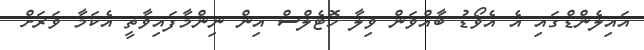
އައިލެންޑްގައި އެ އެވޯޑު ބާއްވަން ވިލާ ހޮޓެލްސް އިން ނިންމާފައިވާތީ އެކަމާ ވަރަށް